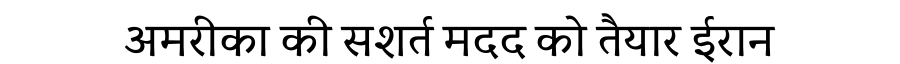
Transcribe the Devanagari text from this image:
अमरीका की सशर्त मदद को तैयार ईरान